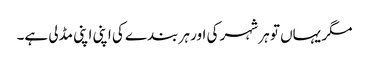
مگر یہاں تو ہر شہر کی اور ہر بندے کی اپنی اپنی مڈلی ہے۔